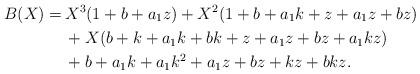
LaTeX: \begin{align*}B(X)=\,&X^3 (1+b+a_1 z)+X^2 (1+b+a_1 k+z+a_1 z+b z)\cr&+X (b+k+a_1 k+b k+z+a_1 z+b z+a_1 k z)\cr&+b+a_1 k+a_1 k^2+a_1 z+b z+k z+b k z.\end{align*}